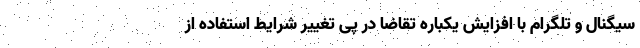
سیگنال و تلگرام با افزایش یکباره تقاضا در پی تغییر شرایط استفاده از